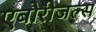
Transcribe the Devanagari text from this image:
एबोरीजल्स